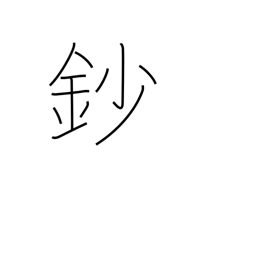
Meaning: 1/10 shaku